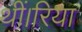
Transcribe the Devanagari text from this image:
थीं।रिया